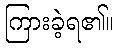
ကြားခဲ့ရ၏။